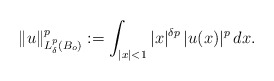
\begin{align*}\|u\|^p_{L^p_{\delta}(B_o)}:=\int_{|x|<1} |x|^{\delta p}\,|u(x)|^p\,dx.\end{align*}